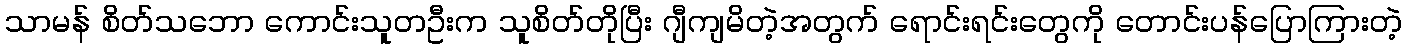
သာမန် စိတ်သဘော ကောင်းသူတဦးက သူစိတ်တိုပြီး ဂျီကျမိတဲ့အတွက် ရောင်းရင်းတွေကို တောင်းပန်ပြောကြားတဲ့